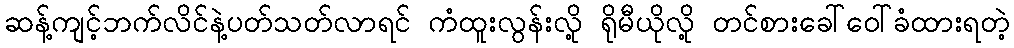
ဆန့်ကျင့်ဘက်လိင်နဲ့ပတ်သတ်လာရင် ကံထူးလွန်းလို့ ရိုမီယိုလို့ တင်စားခေါ်ဝေါ်ခံထားရတဲ့